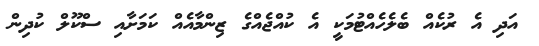
އަދި އެ ރުކެއް ބެލެހެއްޓުމަކީ އެ ކުއްޖެއްގެ ޒިންމާއެއް ކަމަށާއި ސްކޫލް ކުދިން